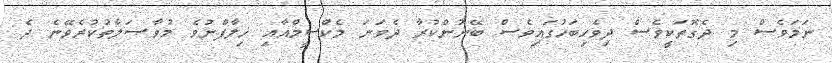
ނަމަވެސް މި ދެގޮތަކީވެސް ދިވެހިބަހުގައިވެސް ބޭނުންކުރާ ދެވަނަ މެކްސީމްއާއި ޚިލާފްނުވެ މުވާޞަލާތުކުރެވޭނެ ދެ